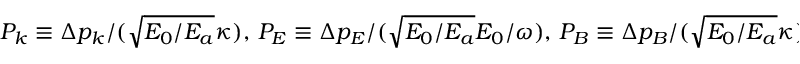
P _ { k } \equiv \Delta p _ { k } / ( \sqrt { E _ { 0 } / E _ { a } } \kappa ) , \, P _ { E } \equiv \Delta p _ { E } / ( \sqrt { E _ { 0 } / E _ { a } } E _ { 0 } / \omega ) , \, P _ { B } \equiv \Delta p _ { B } / ( \sqrt { E _ { 0 } / E _ { a } } \kappa )